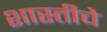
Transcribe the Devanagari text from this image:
शास्तीचे